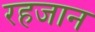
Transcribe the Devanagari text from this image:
रहजान